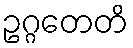
ဥဂ္ဂတေတိ